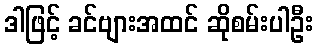
ဒါဖြင့် ခင်ဗျားအထင် ဆိုစမ်းပါဦး